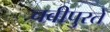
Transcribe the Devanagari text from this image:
चवीपुरते